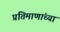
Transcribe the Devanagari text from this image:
प्रतिमाणांच्या